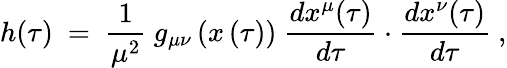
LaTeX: h(\tau)\ =\ \frac{1}{\mu^{2}}\ g_{\mu\nu}\left(x\left(\tau\right)\right)\ \frac{dx^{\mu}(\tau)}{d\tau}\cdot\frac{dx^{\nu}(\tau)}{d\tau}\ ,